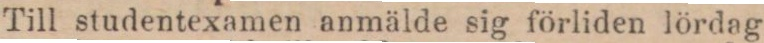
Till studentexamen anmälde sig förliden lördag